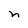
Character: n